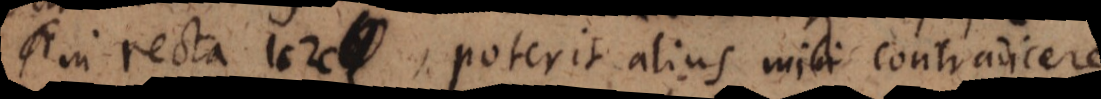
in recta 1c2c, poterit alius mihi contradicere